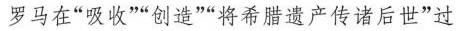
罗马在”吸收””创造””将希腊遗产传诸后世”过